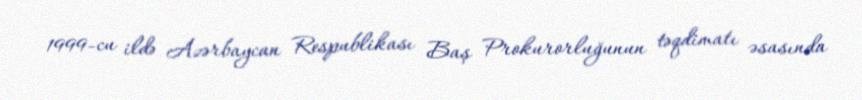
1999-cu ildə Azərbaycan Respublikası Baş Prokurorluğunun təqdimatı əsasında